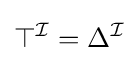
\top ^{\mathcal {I}}=\Delta ^{\mathcal {I}}